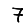
Digit: 7